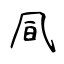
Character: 凬